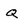
Character: q